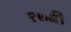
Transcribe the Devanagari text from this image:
१७बी